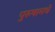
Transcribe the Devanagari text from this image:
पुरुषामधे